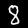
Label: 8